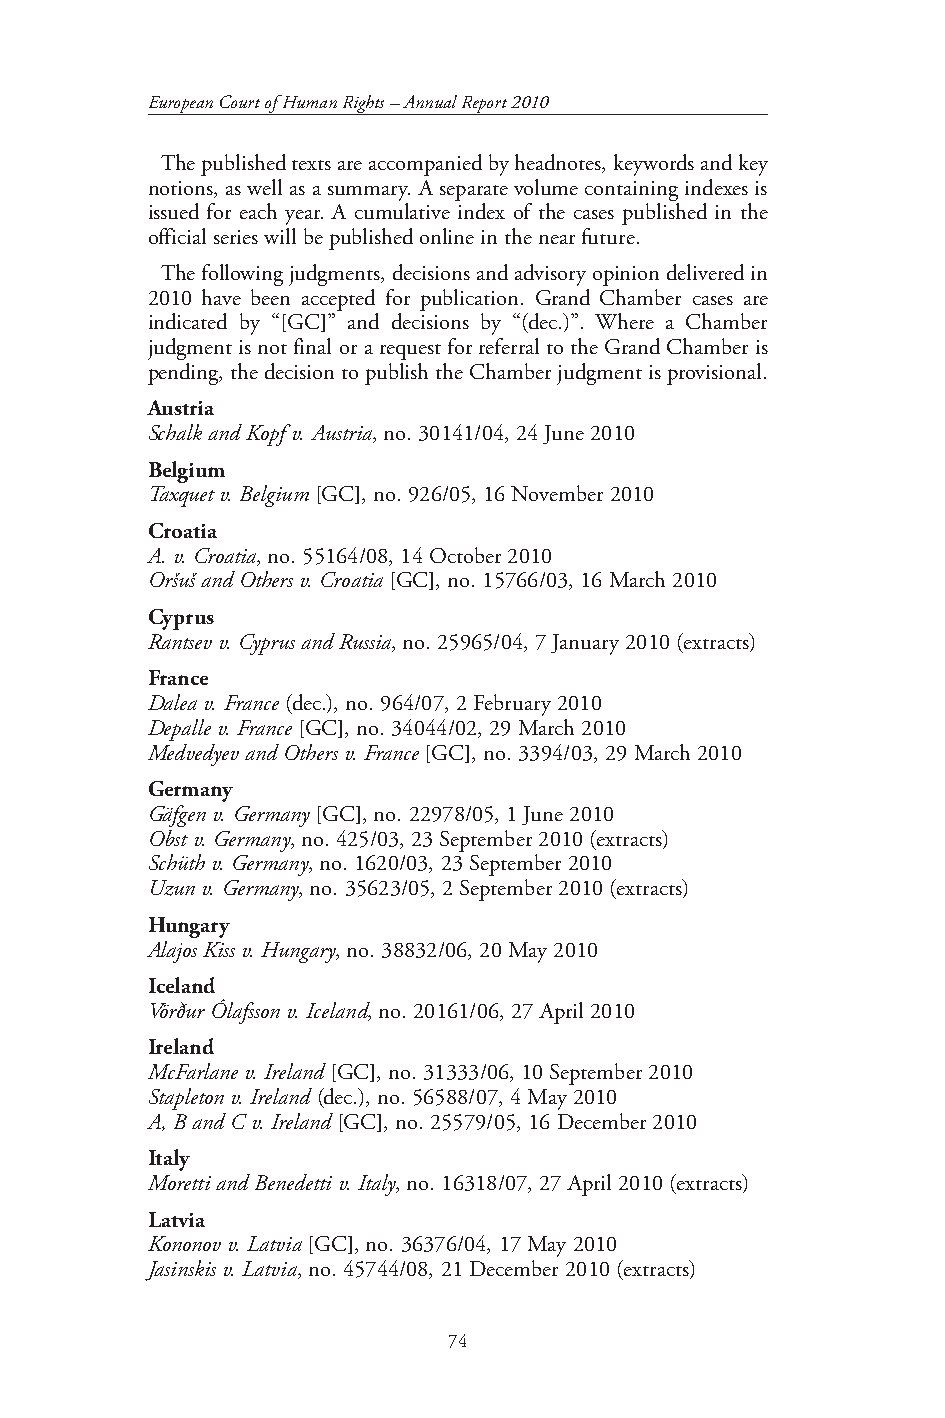
European Court of Human Rights – Annual Report 2010
 The published texts are accompanied by headnotes, keywords and key
 notions, as well as a summary. A separate volume containing indexes is
 issued for each year. A cumulative index of the cases published in the
 official series will be published online in the near future.
 The following judgments, decisions and advisory opinion delivered in
 2010 have been accepted for publication. Grand Chamber cases are
 indicated by “[GC]” and decisions by “(dec.)”. Where a Chamber
 judgment is not final or a request for referral to the Grand Chamber is
 pending, the decision to publish the Chamber judgment is provisional.
 Austria
 Schalk and Kopf v. Austria, no. 30141/04, 24 June 2010
 Belgium
 Taxquet v. Belgium [GC], no. 926/05, 16 November 2010
 Croatia
 A. v. Croatia, no. 55164/08, 14 October 2010
 Oršuš and Others v. Croatia [GC], no. 15766/03, 16 March 2010
 Cyprus
 Rantsev v. Cyprus and Russia, no. 25965/04, 7 January 2010 (extracts)
 France
 Dalea v. France (dec.), no. 964/07, 2 February 2010
 Depalle v. France [GC], no. 34044/02, 29 March 2010
 Medvedyev and Others v. France [GC], no. 3394/03, 29 March 2010
 Germany
 Gäfgen v. Germany [GC], no. 22978/05, 1 June 2010
 Obst v. Germany, no. 425/03, 23 September 2010 (extracts)
 Schüth v. Germany, no. 1620/03, 23 September 2010
 Uzun v. Germany, no. 35623/05, 2 September 2010 (extracts)
 Hungary
 Alajos Kiss v. Hungary, no. 38832/06, 20 May 2010
 Iceland
 Vörður Ólafsson v. Iceland, no. 20161/06, 27 April 2010
 Ireland
 McFarlane v. Ireland [GC], no. 31333/06, 10 September 2010
 Stapleton v. Ireland (dec.), no. 56588/07, 4 May 2010
 A, B and C v. Ireland [GC], no. 25579/05, 16 December 2010
 Italy
 Moretti and Benedetti v. Italy, no. 16318/07, 27 April 2010 (extracts)
 Latvia
 Kononov v. Latvia [GC], no. 36376/04, 17 May 2010
 Jasinskis v. Latvia, no. 45744/08, 21 December 2010 (extracts)
 74